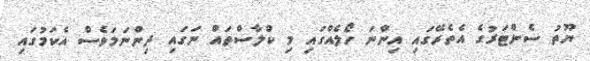
ޔޫތު ސެންޓަރުގެ އެތެރޭގައި އިންނަ ހޯލެއްގައި މި ކްލާސްތައް ނަގައި ދިންނަމަވެސް އެކަމުގައި